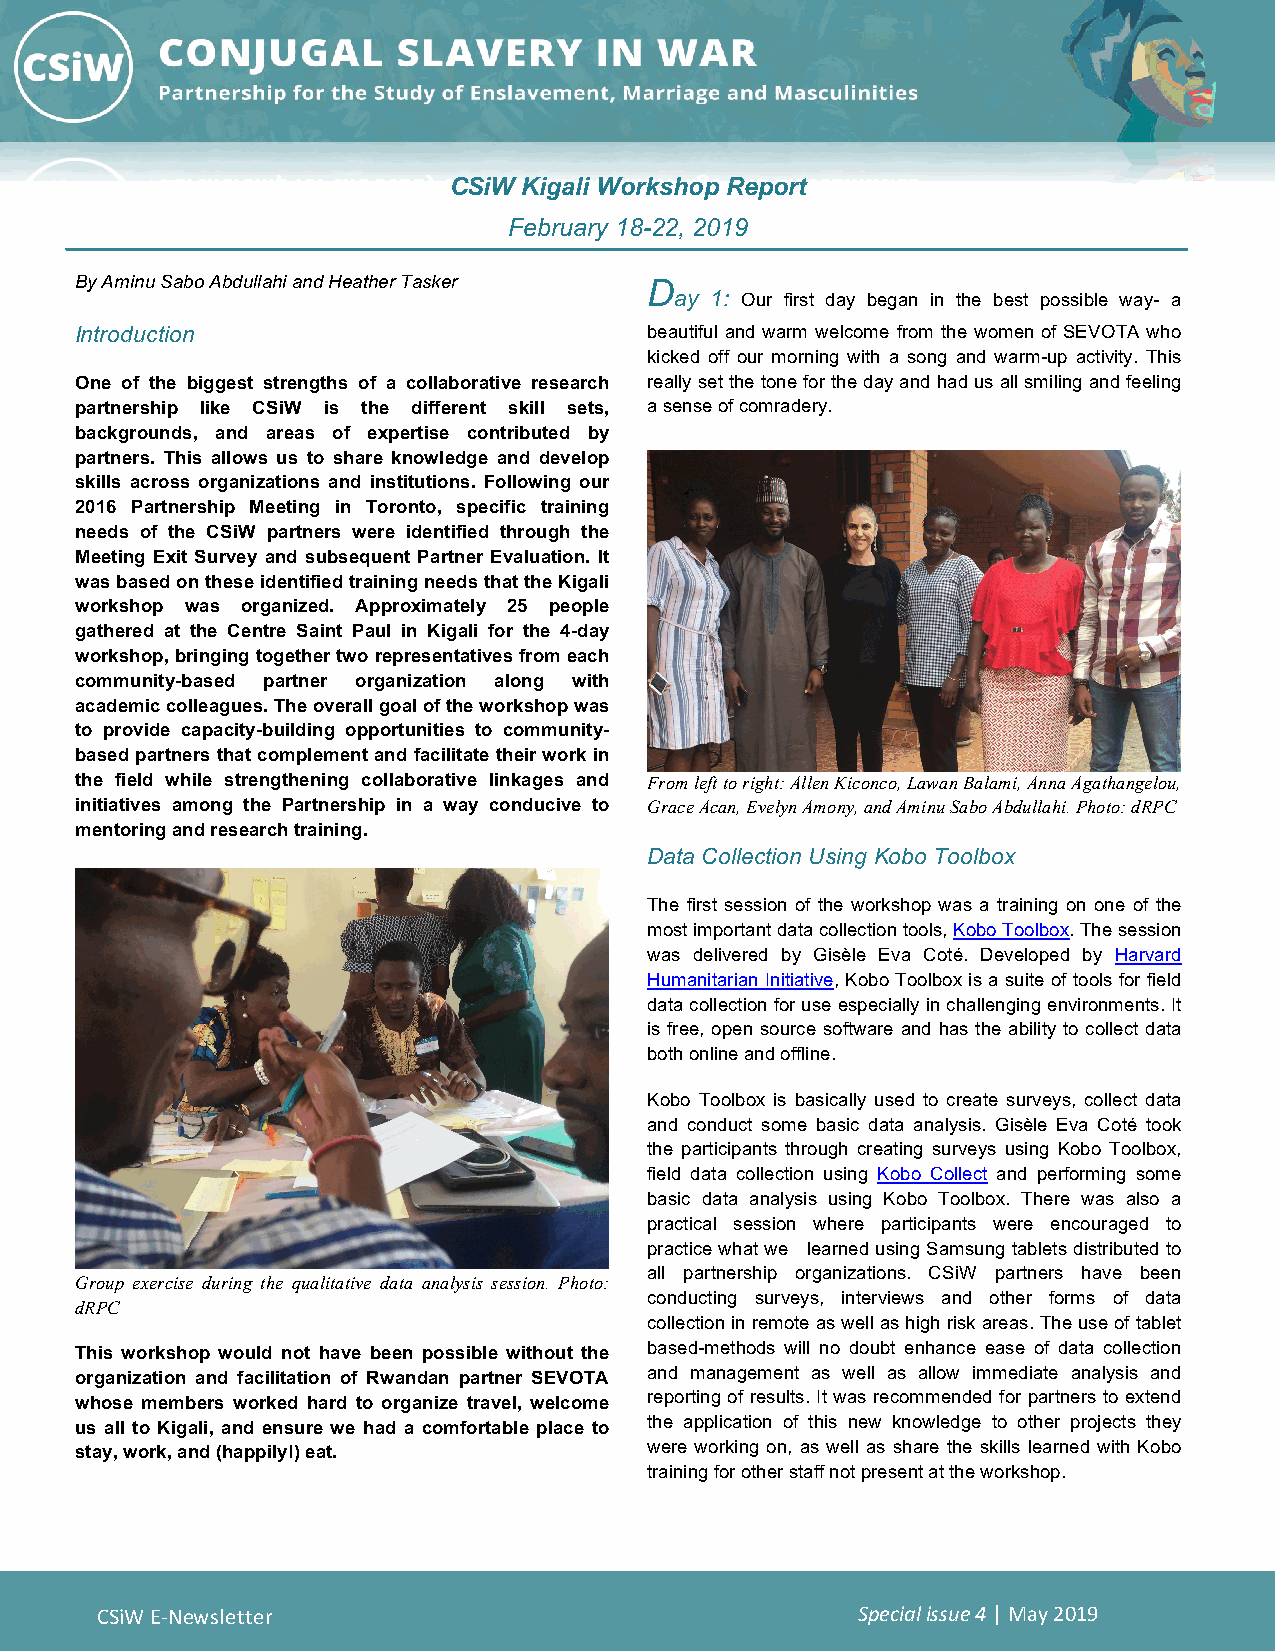
CSiW Kigali Workshop Report
 February 18-22, 2019
 By Aminu Sabo Abdullahi and Heather Tasker D
 ay 1: Our first day began in the best possible way- a
 Introduction                          beautiful and warm welcome from the women of SEVOTA who
 kicked off our morning with a song and warm-up activity. This
 One of the biggest strengths of a collaborative research really set the tone for the day and had us all smiling and feeling
 partnership like CSiW is the different skill sets, a sense of comradery.
 backgrounds, and areas of expertise contributed by
 partners. This allows us to share knowledge and develop
 skills across organizations and institutions. Following our
 2016 Partnership Meeting in Toronto, specific training
 needs of the CSiW partners were identified through the
 Meeting Exit Survey and subsequent Partner Evaluation. It
 was based on these identified training needs that the Kigali
 workshop was organized. Approximately 25 people
 gathered at the Centre Saint Paul in Kigali for the 4-day
 workshop, bringing together two representatives from each
 community-based partner organization along with
 academic colleagues. The overall goal of the workshop was
 to provide capacity-building opportunities to community-
 based partners that complement and facilitate their work in
 the field while strengthening collaborative linkages and From left to right: Allen Kiconco, Lawan Balami, Anna Agathangelou,
 initiatives among the Partnership in a way conducive to Grace Acan, Evelyn Amony, and Aminu Sabo Abdullahi. Photo: dRPC
 mentoring and research training.
 Data Collection Using Kobo Toolbox
 The first session of the workshop was a training on one of the
 most important data collection tools, Kobo Toolbox. The session
 was delivered by Gisèle Eva Coté. Developed by Harvard
 Humanitarian Initiative, Kobo Toolbox is a suite of tools for field
 data collection for use especially in challenging environments. It
 is free, open source software and has the ability to collect data
 both online and offline.
 Kobo Toolbox is basically used to create surveys, collect data
 and conduct some basic data analysis. Gisèle Eva Coté took
 the participants through creating surveys using Kobo Toolbox,
 field data collection using Kobo Collect and performing some
 basic data analysis using Kobo Toolbox. There was also a
 practical session where participants were encouraged to
 practice what we learned using Samsung tablets distributed to
 all partnership organizations. CSiW partners have been
 Group exercise during the qualitative data analysis session. Photo:
 conducting surveys, interviews and other forms of data
 dRPC
 collection in remote as well as high risk areas. The use of tablet
 This workshop would not have been possible without the based-methods will no doubt enhance ease of data collection
 organization and facilitation of Rwandan partner SEVOTA and management as well as allow immediate analysis and
 whose members worked hard to organize travel, welcome reporting of results. It was recommended for partners to extend
 us all to Kigali, and ensure we had a comfortable place to the application of this new knowledge to other projects they
 stay, work, and (happily!) eat.       were working on, as well as share the skills learned with Kobo
 training for other staff not present at the workshop.
 CSiW E-Newsletter                                  Special issue 4 | May 2019